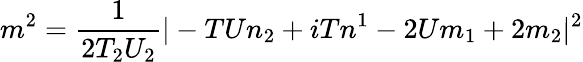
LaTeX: m^{2}=\frac{1}{2T_{2}U_{2}}|-TUn_{2}+iTn^{1}-2Um_{1}+2m_{2}|^{2}